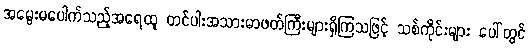
အမွေးမပေါက်သည့်အရေထူ တင်ပါးအသားမာဖတ်ကြီးများရှိကြသဖြင့် သစ်ကိုင်းများ ပေါ်တွင်